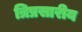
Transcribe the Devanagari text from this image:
त्रिप्रसारीय